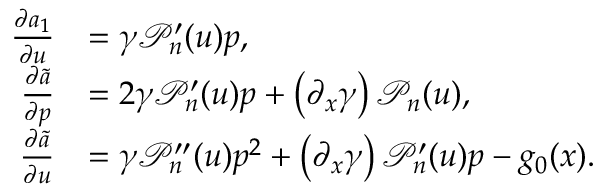
\begin{array} { r l } { \frac { \partial a _ { 1 } } { \partial u } } & { = \gamma \mathcal { P } _ { n } ^ { \prime } ( u ) p , } \\ { \frac { \partial \tilde { a } } { \partial p } } & { = 2 \gamma \mathcal { P } _ { n } ^ { \prime } ( u ) p + \left( \partial _ { x } \gamma \right) \mathcal { P } _ { n } ( u ) , } \\ { \frac { \partial \tilde { a } } { \partial u } } & { = \gamma \mathcal { P } _ { n } ^ { \prime \prime } ( u ) p ^ { 2 } + \left( \partial _ { x } \gamma \right) \mathcal { P } _ { n } ^ { \prime } ( u ) p - g _ { 0 } ( x ) . } \end{array}